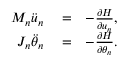
\begin{array} { r l r } { { { M } _ { n } } { { \ddot { u } } _ { n } } } & { { } = } & { - \frac { \partial H } { \partial { { u } _ { n } } } , } \\ { { { J } _ { n } } { { \ddot { \theta } } _ { n } } } & { { } = } & { - \frac { \partial H } { \partial { { \theta } _ { n } } } . } \end{array}